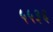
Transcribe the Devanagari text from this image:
५५३६